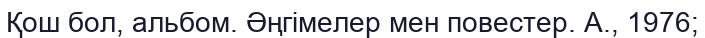
Қош бол, альбом. Әңгімелер мен повестер. А., 1976;